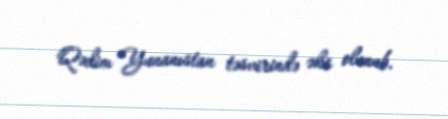
Qədim Yunanıstan təsvirində əks olunub.